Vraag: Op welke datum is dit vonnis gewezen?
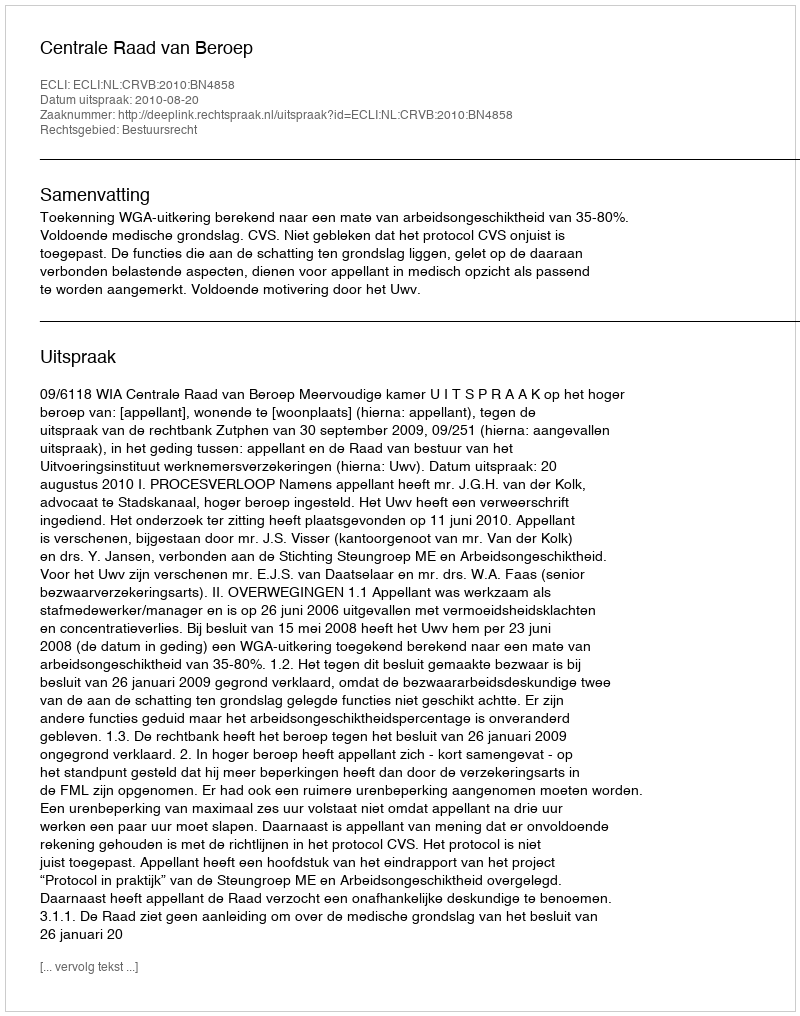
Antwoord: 2010-08-20